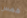
همس